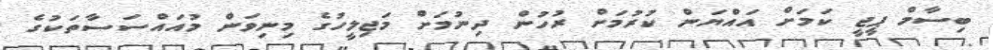
ބިސާމް ޕީޖީ ކަމަށް އައްޔަން ކުރުމަށް ރުހުން ދިނުމަށް މަޖިލީހުގެ މިނިވަން މުއައްސަސާތަކުގެ